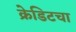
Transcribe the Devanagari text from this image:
क्रेडिटचा